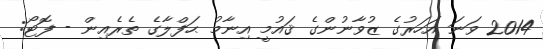
2014 ވަނަ އަހަރުގެ ޒުވާނުންގެ ޤައުމީ އިނާމު ޙަފްލާގެ ތެރެއިން - ފޮޓޯ: